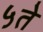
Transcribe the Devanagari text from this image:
५ते